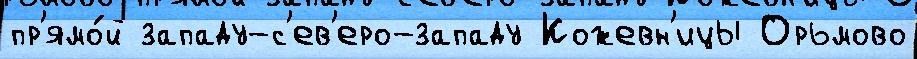
пр'ямо́й западу-с'ев'еро-западу Кожевн'ицы Орьмово